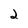
Character: 2